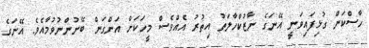
ހާސްކަން ގުޅިފައިވަނީ އޭނަގެ ނާޒުކްހާލަތު އިތުރު އެއްވެސް މީހަކަށް އަންގަން ބޭނުންނުވުމާއެވެ. އޭނަގެ